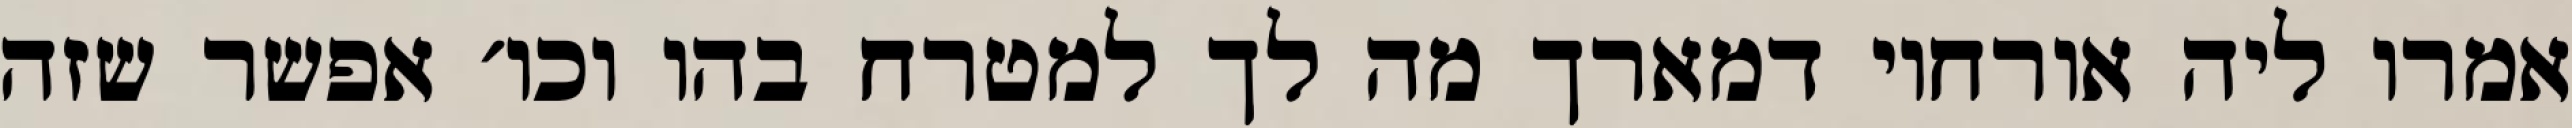
אמרו ליה אורחוי דמארך מה לך למטרח בהו וכו׳ אפשר שזה